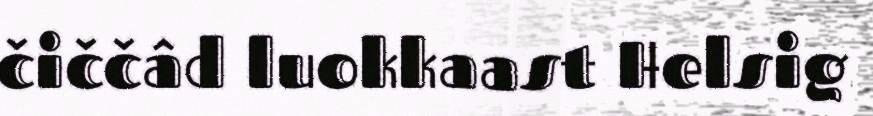
čiččâd luokkaast Helsig